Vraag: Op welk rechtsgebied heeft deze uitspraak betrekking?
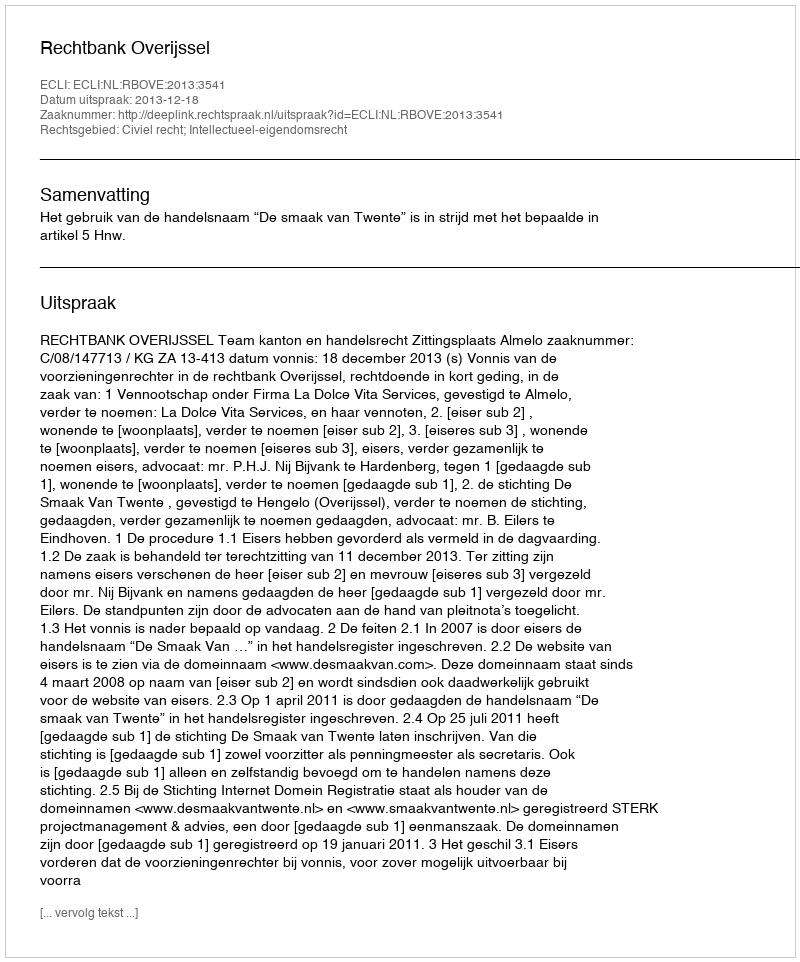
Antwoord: Civiel recht; Intellectueel-eigendomsrecht